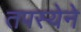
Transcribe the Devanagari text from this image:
तपस्येने